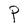
Character: P